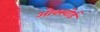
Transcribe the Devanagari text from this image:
ओक्स्वोर्ड